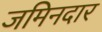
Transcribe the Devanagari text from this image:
जमिनदार